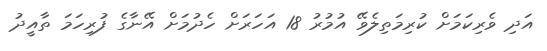
އަދި ވެރިކަމަށް ކުރިމަތިލެވޭ އުމުރު 18 އަހަރަށް ހެދުމަށް އޭނާގެ ފުރިހަމަ ތާއީދު